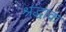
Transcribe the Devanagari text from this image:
श्रद्धाक